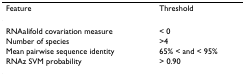
<table><thead><tr><td><b>Feature</b></td><td><b>Threshold</b></td></tr></thead><tbody><tr><td>RNAalifold covariation measure</td><td>&lt; 0</td></tr><tr><td>Number of species</td><td>&gt;4</td></tr><tr><td>Mean pairwise sequence identity</td><td>65% &lt; and &lt; 95%</td></tr><tr><td>RNAz SVM probability</td><td>&gt; 0.90</td></tr></tbody></table>